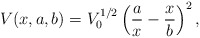
\begin{align*}V(x,a,b)=V_{0}^{1/2}\left(\frac{a}{x}-\frac{x}{b}\right)^{2},\end{align*}